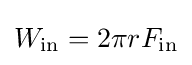
W_{\text{in}}=2\pi rF_{\text{in}}